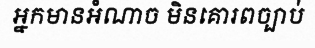
អ្នកមានអំណាច មិនគោរពច្បាប់